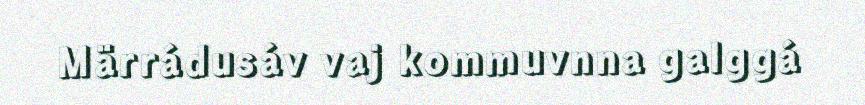
Märrádusáv vaj kommuvnna galggá